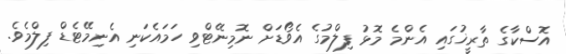
އޮސްކާގެ ތާރީޚުގައި އެންމެ މޮޅު ފިލްމުގެ އެވޯޑަށް ނޮމިނޭޓްވި ހަމައެކަނި އެނިމޭޓެޑް ފިލްމެވެ.